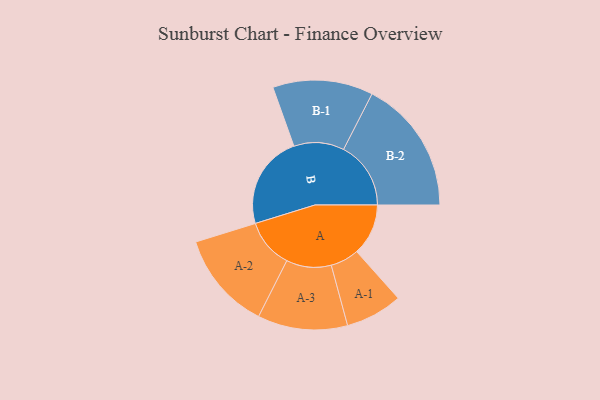
{"axis": {"x": "Segment", "y": "Value"}, "legend": ["", "A", "B"], "data": [{"x": "A", "y": 217, "type": ""}, {"x": "B", "y": 394, "type": ""}, {"x": "A-1", "y": 120, "type": "A"}, {"x": "A-2", "y": 207, "type": "A"}, {"x": "A-3", "y": 189, "type": "A"}, {"x": "B-1", "y": 211, "type": "B"}, {"x": "B-2", "y": 283, "type": "B"}]}